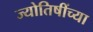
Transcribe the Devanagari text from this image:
ज्योतिषींच्या